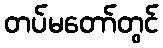
တပ်မတော်တွင်